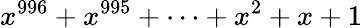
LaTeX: x^{996}+x^{995}+\cdots+x^{2}+x+1